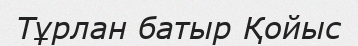
Тұрлан батыр Қойыс